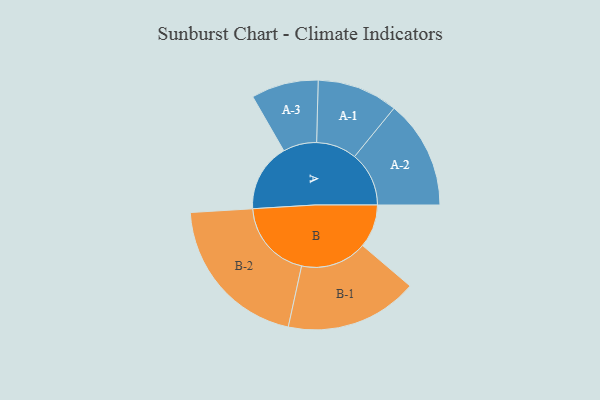
{"axis": {"x": "Segment", "y": "Value"}, "legend": ["", "A", "B"], "data": [{"x": "A", "y": 239, "type": ""}, {"x": "B", "y": 152, "type": ""}, {"x": "A-1", "y": 142, "type": "A"}, {"x": "A-2", "y": 191, "type": "A"}, {"x": "A-3", "y": 118, "type": "A"}, {"x": "B-1", "y": 233, "type": "B"}, {"x": "B-2", "y": 279, "type": "B"}]}